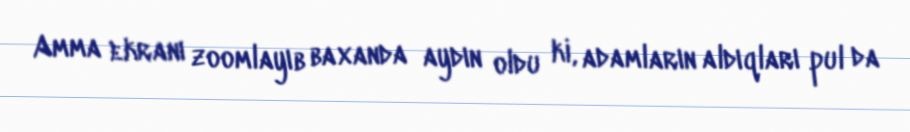
Amma ekranı zoomlayıb baxanda aydın oldu ki, adamların aldıqları pul da